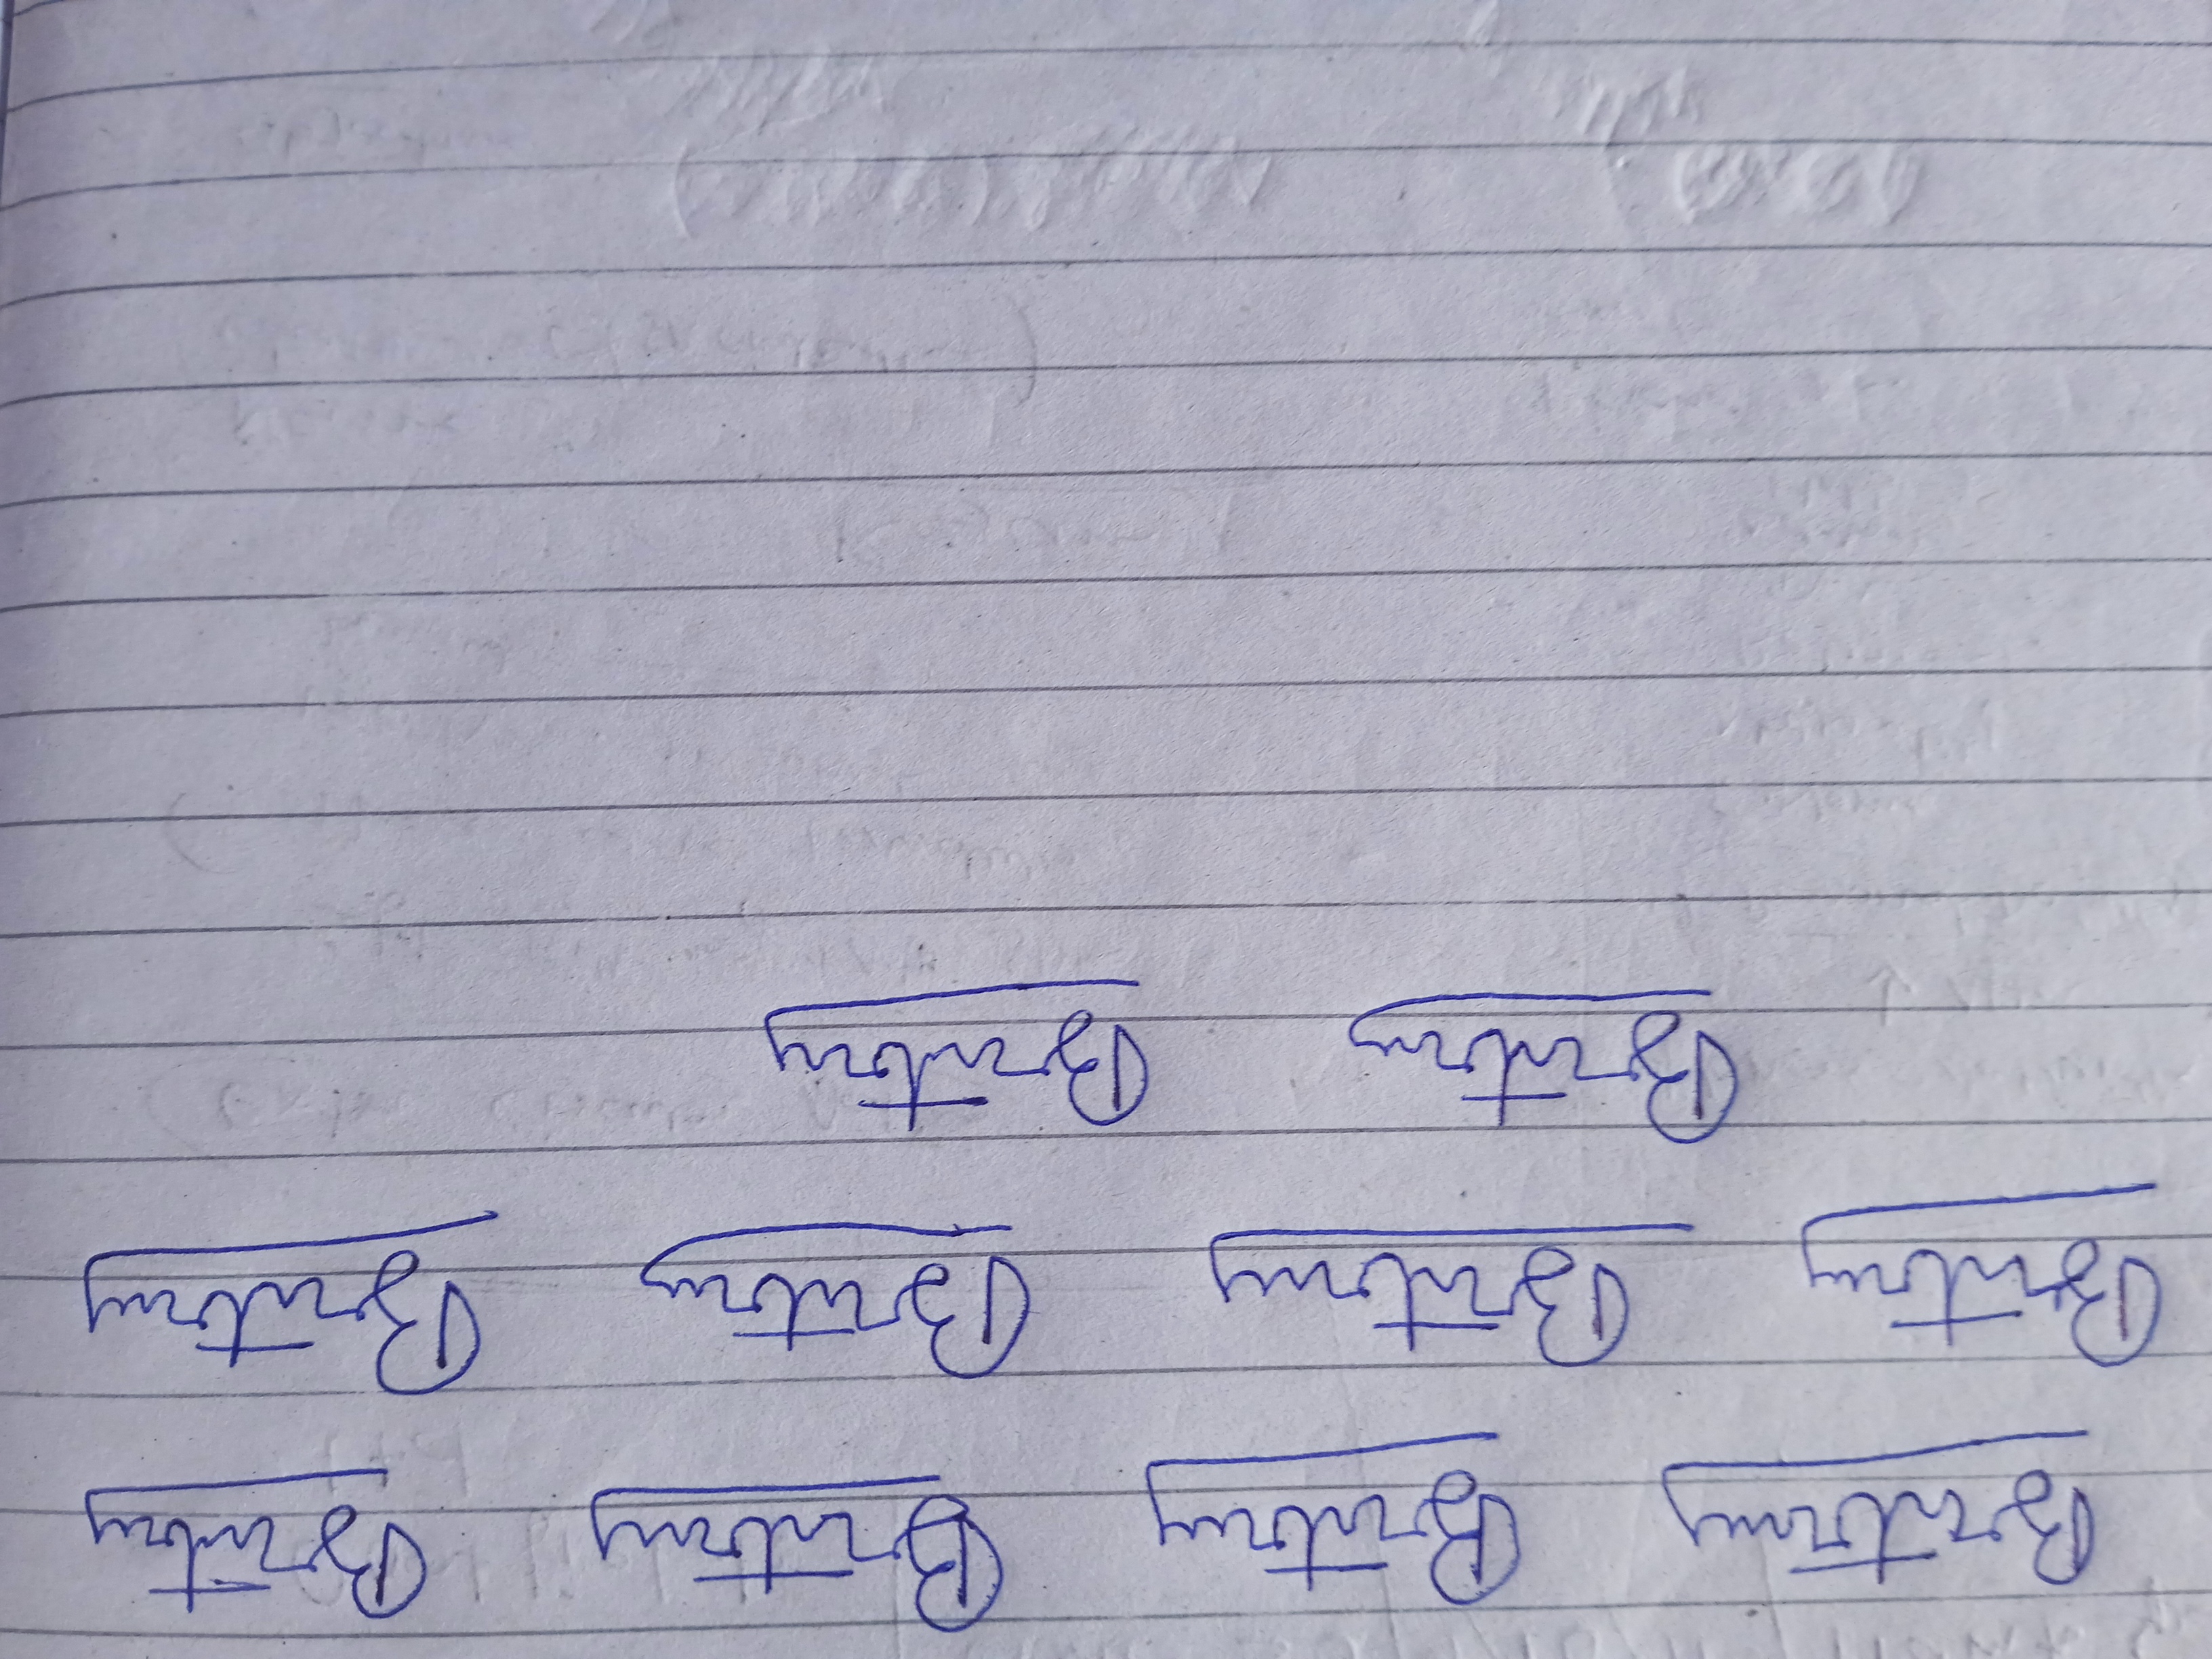
Signature authenticity: forged